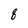
Character: 8